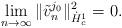
LaTeX: \begin{align*}\lim_{n\rightarrow \infty} \|\tilde{v}^{j_0}_n\|^2_{\dot{H}^1_c} =0.\end{align*}